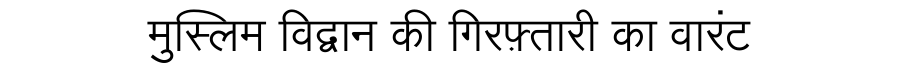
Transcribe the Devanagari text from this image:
मुस्लिम विद्वान की गिरफ़्तारी का वारंट